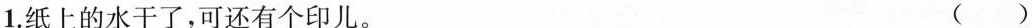
1.纸上的水干了，可还有个印儿。 ()